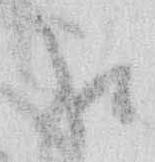
口